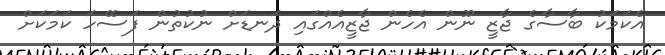
އެކަމަކު ބާސާގެ ޖާޒީ ނޫން އެހެން ޖާޒީއެއްގައި ދަނޑަށް ނުކުތުން ފަސޭހަ ކަމަކަށް